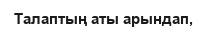
Талаптың аты арындап,